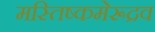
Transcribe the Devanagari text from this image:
मस्तिष्कमेरूद्रव